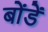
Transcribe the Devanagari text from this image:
बोंडें